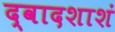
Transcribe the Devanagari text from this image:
द्वादशाशं